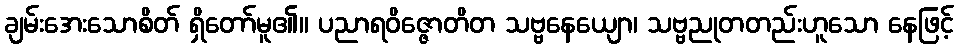
ချမ်းအေးသောစိတ် ရှိတော်မူ၏။ ပညာရဝိဇ္ဇောတိတ သဗ္ဗနေယျော၊ သဗ္ဗညုတတည်းဟူသော နေဖြင့်